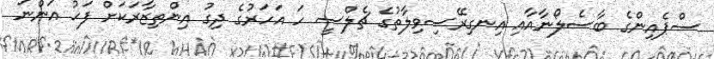
ސްޕެއިންގެ ބާސެލޯނާއާއި އިނގިރޭސިވިލާތުގެ ޗެލްސީ ހަ އަހަރުގެ ދިގު އިންތިޒާރަކަށް ފަހު އަންނަ